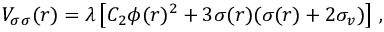
V _ { \sigma \sigma } ( r ) = \lambda \left[ C _ { 2 } \phi ( r ) ^ { 2 } + 3 \sigma ( r ) ( \sigma ( r ) + 2 \sigma _ { v } ) \right] \, ,